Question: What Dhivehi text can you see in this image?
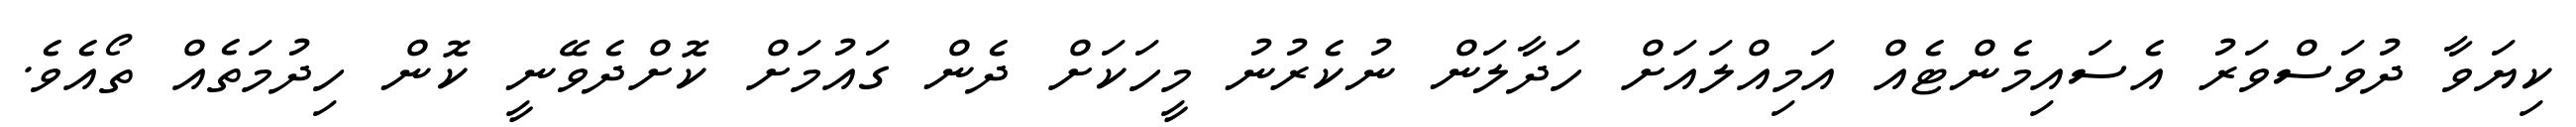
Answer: ކިޔަވާ ދުވަސްވަރު އެސައިމެންޓެއް އަމިއްލައަށް ހަދާލަން ނުކެރުނު މީހަކަށް ދެން ގައުމަށް ކޮށްދެވޭނީ ކޮން ހިދުމަތެއް ތޯއެވެ.